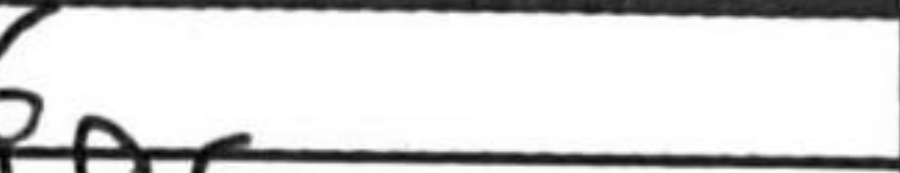
Transcription: d6